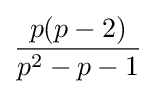
{\frac {p(p-2)}{p^{2}-p-1}}